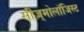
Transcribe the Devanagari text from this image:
सीज़्मोलॉजिस्ट